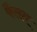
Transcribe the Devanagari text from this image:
फैलत